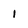
Character: 1